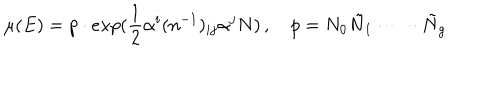
LaTeX: \mu ( E ) = p \cdot e x p ( \frac { 1 } { 2 } \alpha ^ { i } ( n ^ { - 1 } ) _ { i j } \alpha ^ { j } N ) \, , \quad p = N _ { 0 } \tilde { N } _ { 1 } \cdot \dots \cdot \tilde { N } _ { g }